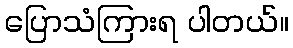
ပြောသံကြားရ ပါတယ်။